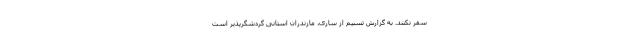
سفر نکنند. به گزارش تسنیم از ساری، مازندران استانی گردشگرپذیر است